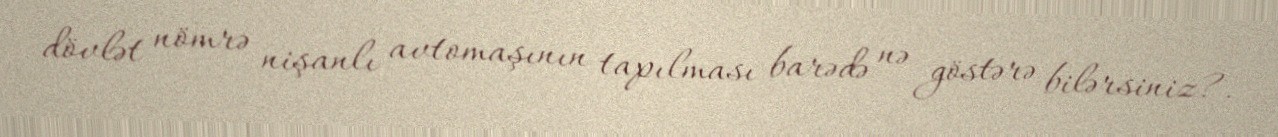
dövlət nömrə nişanlı avtomaşının tapılması barədə nə göstərə bilərsiniz?.